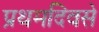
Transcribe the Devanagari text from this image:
प्रथमदिवसे